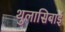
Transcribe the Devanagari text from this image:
थुलासिबाई